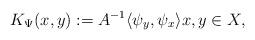
LaTeX: \begin{align*} K_\Psi(x,y) := A^{-1}\langle \psi_y,\psi_x \rangle x,y\in X, \end{align*}